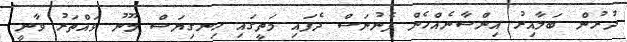
ދުރުން ބަލާއިރު އިންސާނެއްހެން ފެނުނަސް ދެފައި މަތީގައި ހިނގިޔަސް މޫނު ވައްތަރު ވާނީ